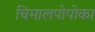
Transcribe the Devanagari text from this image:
चिमालपोपोका